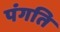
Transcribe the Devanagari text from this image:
पंगति